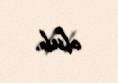
olub.